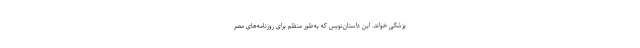
پزشکی خواند. این داستان‌نویس که به‌طور منظم برای روزنامه‌های مصر